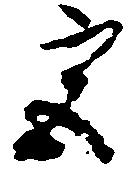
宮